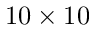
1 0 \times 1 0